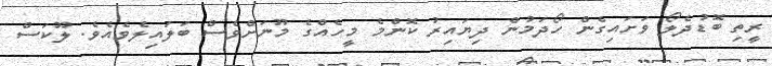
ރީތި ބޮޑުދެލޯ ވަށައިގެން ހޯދަމުން ދިޔައިރު ކޮންމެ މީހެއްގެ މޫނަށްވެސް ބަލައިލެވެއެވެ. ލޫކަސް